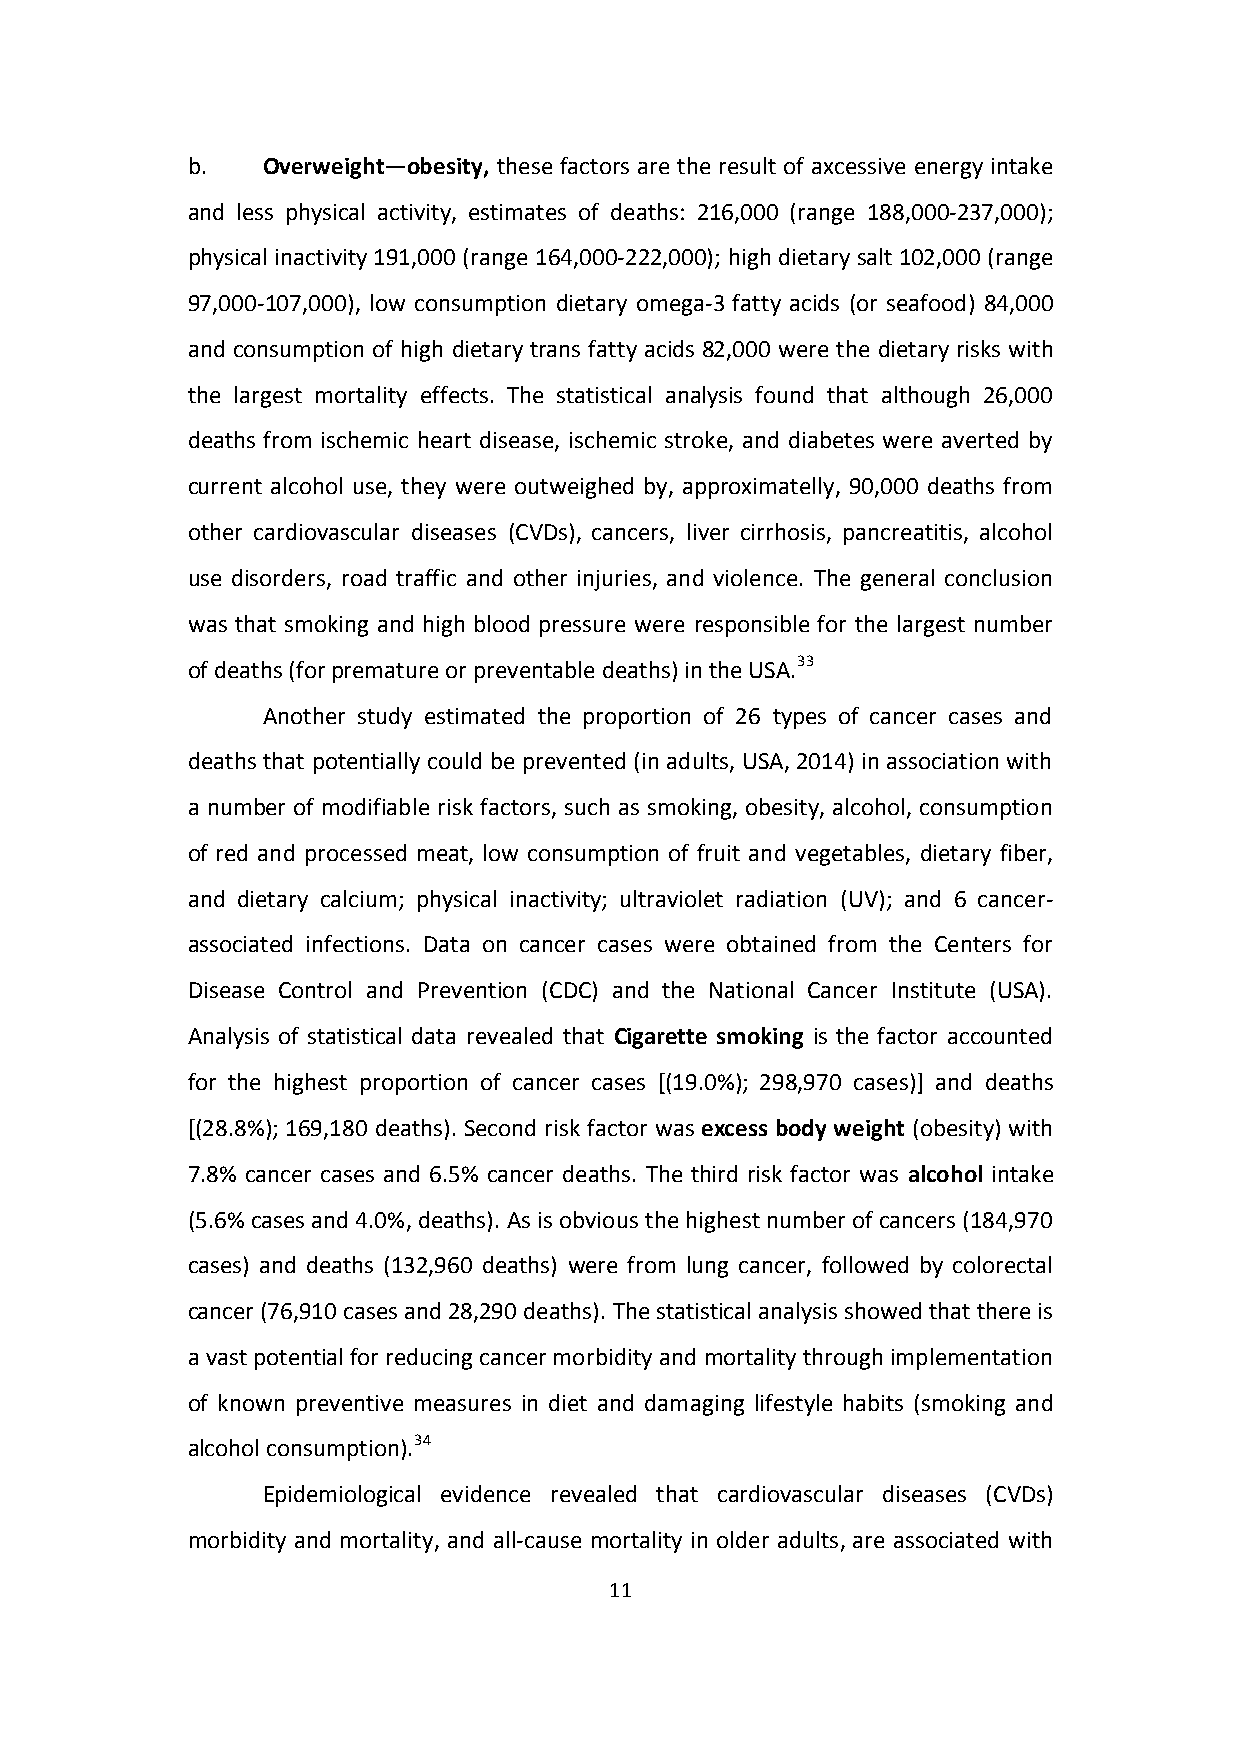
b.   Overweight—obesity, these factors are the result of axcessive energy intake
 and less physical activity, estimates of deaths: 216,000 (range 188,000-237,000);
 physical inactivity 191,000 (range 164,000-222,000); high dietary salt 102,000 (range
 97,000-107,000), low consumption dietary omega-3 fatty acids (or seafood) 84,000
 and consumption of high dietary trans fatty acids 82,000 were the dietary risks with
 the largest mortality effects. The statistical analysis found that although 26,000
 deaths from ischemic heart disease, ischemic stroke, and diabetes were averted by
 current alcohol use, they were outweighed by, approximatelly, 90,000 deaths from
 other cardiovascular diseases (CVDs), cancers, liver cirrhosis, pancreatitis, alcohol
 use disorders, road traffic and other injuries, and violence. The general conclusion
 was that smoking and high blood pressure were responsible for the largest number
 of deaths (for premature or preventable deaths) in the USA.33
 Another study estimated the proportion of 26 types of cancer cases and
 deaths that potentially could be prevented (in adults, USA, 2014) in association with
 a number of modifiable risk factors, such as smoking, obesity, alcohol, consumption
 of red and processed meat, low consumption of fruit and vegetables, dietary fiber,
 and dietary calcium; physical inactivity; ultraviolet radiation (UV); and 6 cancer-
 associated infections. Data on cancer cases were obtained from the Centers for
 Disease Control and Prevention (CDC) and the National Cancer Institute (USA).
 Analysis of statistical data revealed that Cigarette smoking is the factor accounted
 for the highest proportion of cancer cases [(19.0%); 298,970 cases)] and deaths
 [(28.8%); 169,180 deaths). Second risk factor was excess body weight (obesity) with
 7.8% cancer cases and 6.5% cancer deaths. The third risk factor was alcohol intake
 (5.6% cases and 4.0%, deaths). As is obvious the highest number of cancers (184,970
 cases) and deaths (132,960 deaths) were from lung cancer, followed by colorectal
 cancer (76,910 cases and 28,290 deaths). The statistical analysis showed that there is
 a vast potential for reducing cancer morbidity and mortality through implementation
 of known preventive measures in diet and damaging lifestyle habits (smoking and
 alcohol consumption).34
 Epidemiological evidence revealed that cardiovascular diseases (CVDs)
 morbidity and mortality, and all-cause mortality in older adults, are associated with
 11